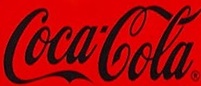
CocaCola